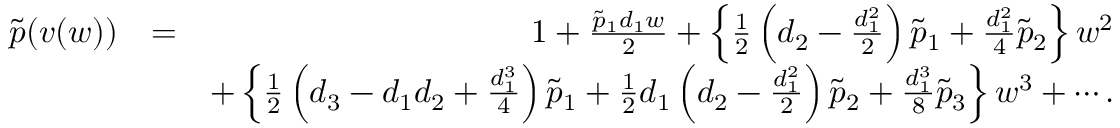
\begin{array} { r l r } { \tilde { p } ( v ( w ) ) } & { = } & { 1 + \frac { \tilde { p } _ { 1 } d _ { 1 } w } { 2 } + \left\{ \frac { 1 } { 2 } \left( d _ { 2 } - \frac { d _ { 1 } ^ { 2 } } { 2 } \right) \tilde { p } _ { 1 } + \frac { d _ { 1 } ^ { 2 } } { 4 } \tilde { p } _ { 2 } \right\} w ^ { 2 } } \\ & { ~ } & { + \left\{ \frac { 1 } { 2 } \left( d _ { 3 } - d _ { 1 } d _ { 2 } + \frac { d _ { 1 } ^ { 3 } } { 4 } \right) \tilde { p } _ { 1 } + \frac { 1 } { 2 } d _ { 1 } \left( d _ { 2 } - \frac { d _ { 1 } ^ { 2 } } { 2 } \right) \tilde { p } _ { 2 } + \frac { d _ { 1 } ^ { 3 } } { 8 } \tilde { p } _ { 3 } \right\} w ^ { 3 } + \cdots . } \end{array}